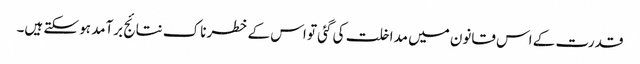
قدرت کے اس قانون میں مداخلت کی گئی تو اس کے خطرناک نتائج برآمد ہو سکتے ہیں۔